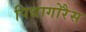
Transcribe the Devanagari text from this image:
पिथागोरैस